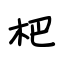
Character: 杷